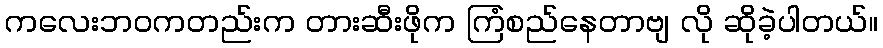
ကလေးဘဝကတည်းက တားဆီးဖိုက ကြံစည်နေတာဗျ လို ဆိုခဲ့ပါတယ်။